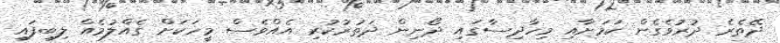
ދޭތެރެ ދުރުވެގެން ކަމަށާއި މިހާދިސާގައި ދޯނިން ދަތުރުކުރި އެއްވެސް މީހަކަށް ގެއްލުމެއް ލިބިފައި